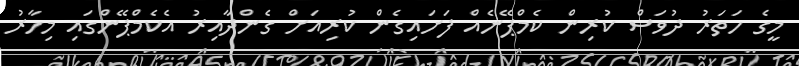
މީގެ ހަތަރު ދުވަސް ކުރިން ކެމްޕޭނެއް ފަށައިގެން ކުރިއަށް ގެންދާއިރު އެކެމްޕޭންގައި މިހާރު